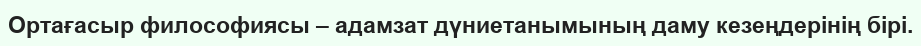
Ортағасыр философиясы – адамзат дүниетанымының даму кезеңдерінің бірі.